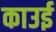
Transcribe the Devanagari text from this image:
काउई